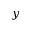
y